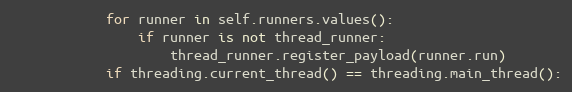
Language: Python
            for runner in self.runners.values():
                if runner is not thread_runner:
                    thread_runner.register_payload(runner.run)
            if threading.current_thread() == threading.main_thread():